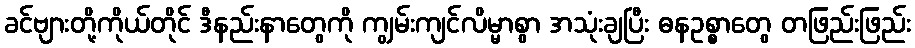
ခင်ဗျားတို့ကိုယ်တိုင် ဒီနည်းနာတွေကို ကျွမ်းကျင်လိမ္မာစွာ အသုံးချပြီး ဓနဥစ္စာတွေ တဖြည်းဖြည်း